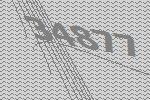
34877